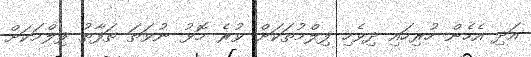
އަދި އެހެން ހުރިހައި ދިވެހި ފިލްމުތަކަށް ވުރެ މޮޅު ނުވަތަ ތަފާތު ފިލްމަކަށް